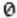
0